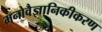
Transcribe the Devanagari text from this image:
मनोवैज्ञानिकीकरण